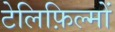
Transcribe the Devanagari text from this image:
टेलिफ़िल्मों